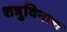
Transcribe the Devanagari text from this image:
शत्रुविनाश